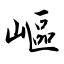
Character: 嶇